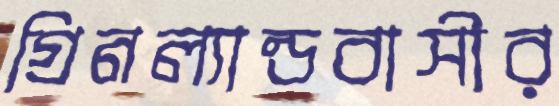
গ্রিনল্যান্ডবাসীর